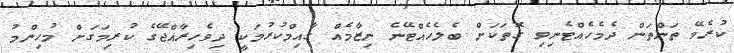
ކުރެވޭ ތަންތަން ދެމެހެއްޓެނިވި ގޮތަކަށް ބެލެހެއްޓޭނެ ނިޒާމެއް ގާއިމްކުރުމަކީ ދިވެހިރާއްޖޭގެ ކުރިމަގަށް މުހިންމު